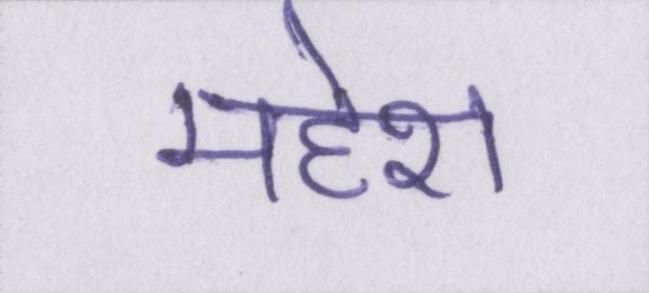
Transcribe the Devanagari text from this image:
महेश